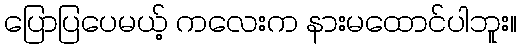
ပြောပြပေမယ့် ကလေးက နားမထောင်ပါဘူး။